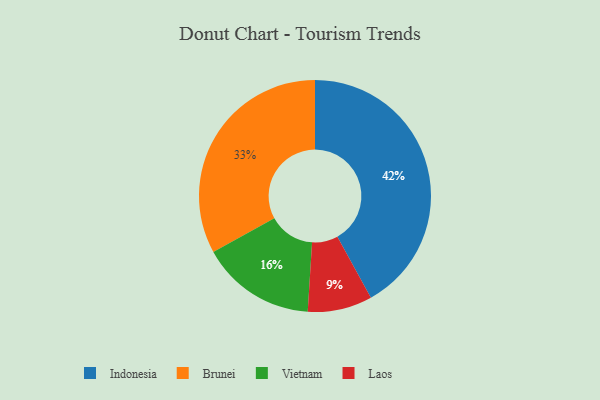
{"axis": {"x": "Category", "y": "Percentage"}, "legend": ["Brunei", "Indonesia", "Laos", "Vietnam"], "data": [{"x": "Vietnam", "y": 16, "type": "Vietnam"}, {"x": "Brunei", "y": 33, "type": "Brunei"}, {"x": "Laos", "y": 9, "type": "Laos"}, {"x": "Indonesia", "y": 42, "type": "Indonesia"}]}